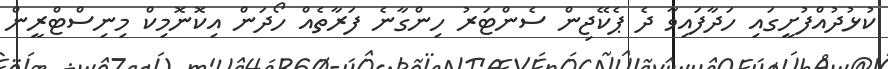
ކުޅުދުއްފުށީގައި ހަދާފައިވާ ދެ ޕެކޭޖިން ސެންޓަރު ހިންގާނެ ފަރާތެއް ހޯދަން އިކޮނޮމިކް މިނިސްޓްރީން